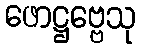
ဖောဋ္ဌဗ္ဗေသု